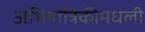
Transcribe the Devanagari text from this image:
अभियांत्रिकीमधली